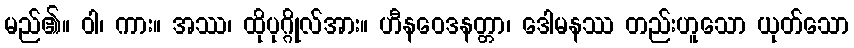
မည်၏။ ဝါ၊ ကား။ အဿ၊ ထိုပုဂ္ဂိုလ်အား။ ဟီနဝေဒနတ္တာ၊ ဒေါမနဿ တည်းဟူသော ယုတ်သော